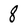
Character: 8